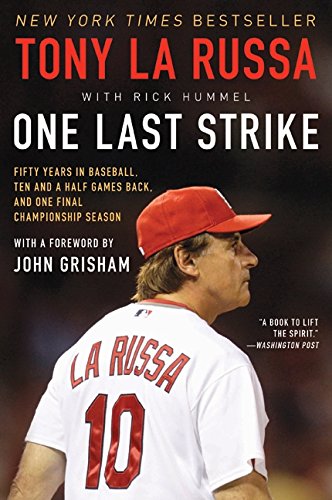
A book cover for One Last Strike: Fifty Years in Baseball, Ten and a Half Games Back, and One Final Championship Season; Tony La Russa; Biographies & Memoirs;